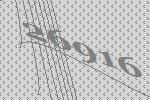
26916